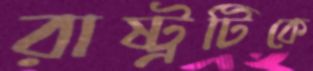
রাষ্ট্রটিকে